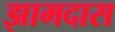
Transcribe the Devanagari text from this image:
झामदास